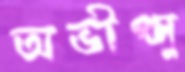
অভীপ্সু